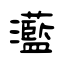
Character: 灆